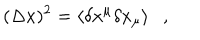
LaTeX: ( \Delta x ) ^ { 2 } = \langle \delta x ^ { \mu } \delta x _ { \mu } \rangle ,